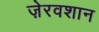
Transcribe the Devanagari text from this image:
ज़ेरवशान